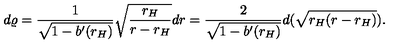
d \varrho = { \frac { 1 } { \sqrt { 1 - b ^ { \prime } ( r _ { H } ) } } } \sqrt { { \frac { r _ { H } } { r - r _ { H } } } } d r = { \frac { 2 } { \sqrt { 1 - b ^ { \prime } ( r _ { H } ) } } } d ( \sqrt { r _ { H } ( r - r _ { H } ) } ) .